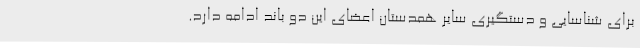
برای شناسایی و دستگیری سایر همدستان اعضای این دو باند ادامه دارد.